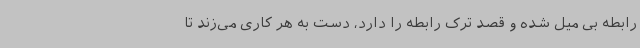
رابطه بی میل شده و قصد ترک رابطه را دارد، دست به هر کاری می‌زند تا